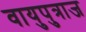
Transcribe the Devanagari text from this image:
वायुपुत्राज